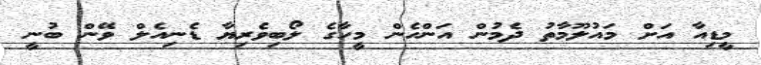
މީޑިއާ އަށް މައުލޫމާތު ދެމުން އަންހެން މީހާގެ ލޯބިވެރިޔާ ޑެނިއެލް ވޭން ބުނީ